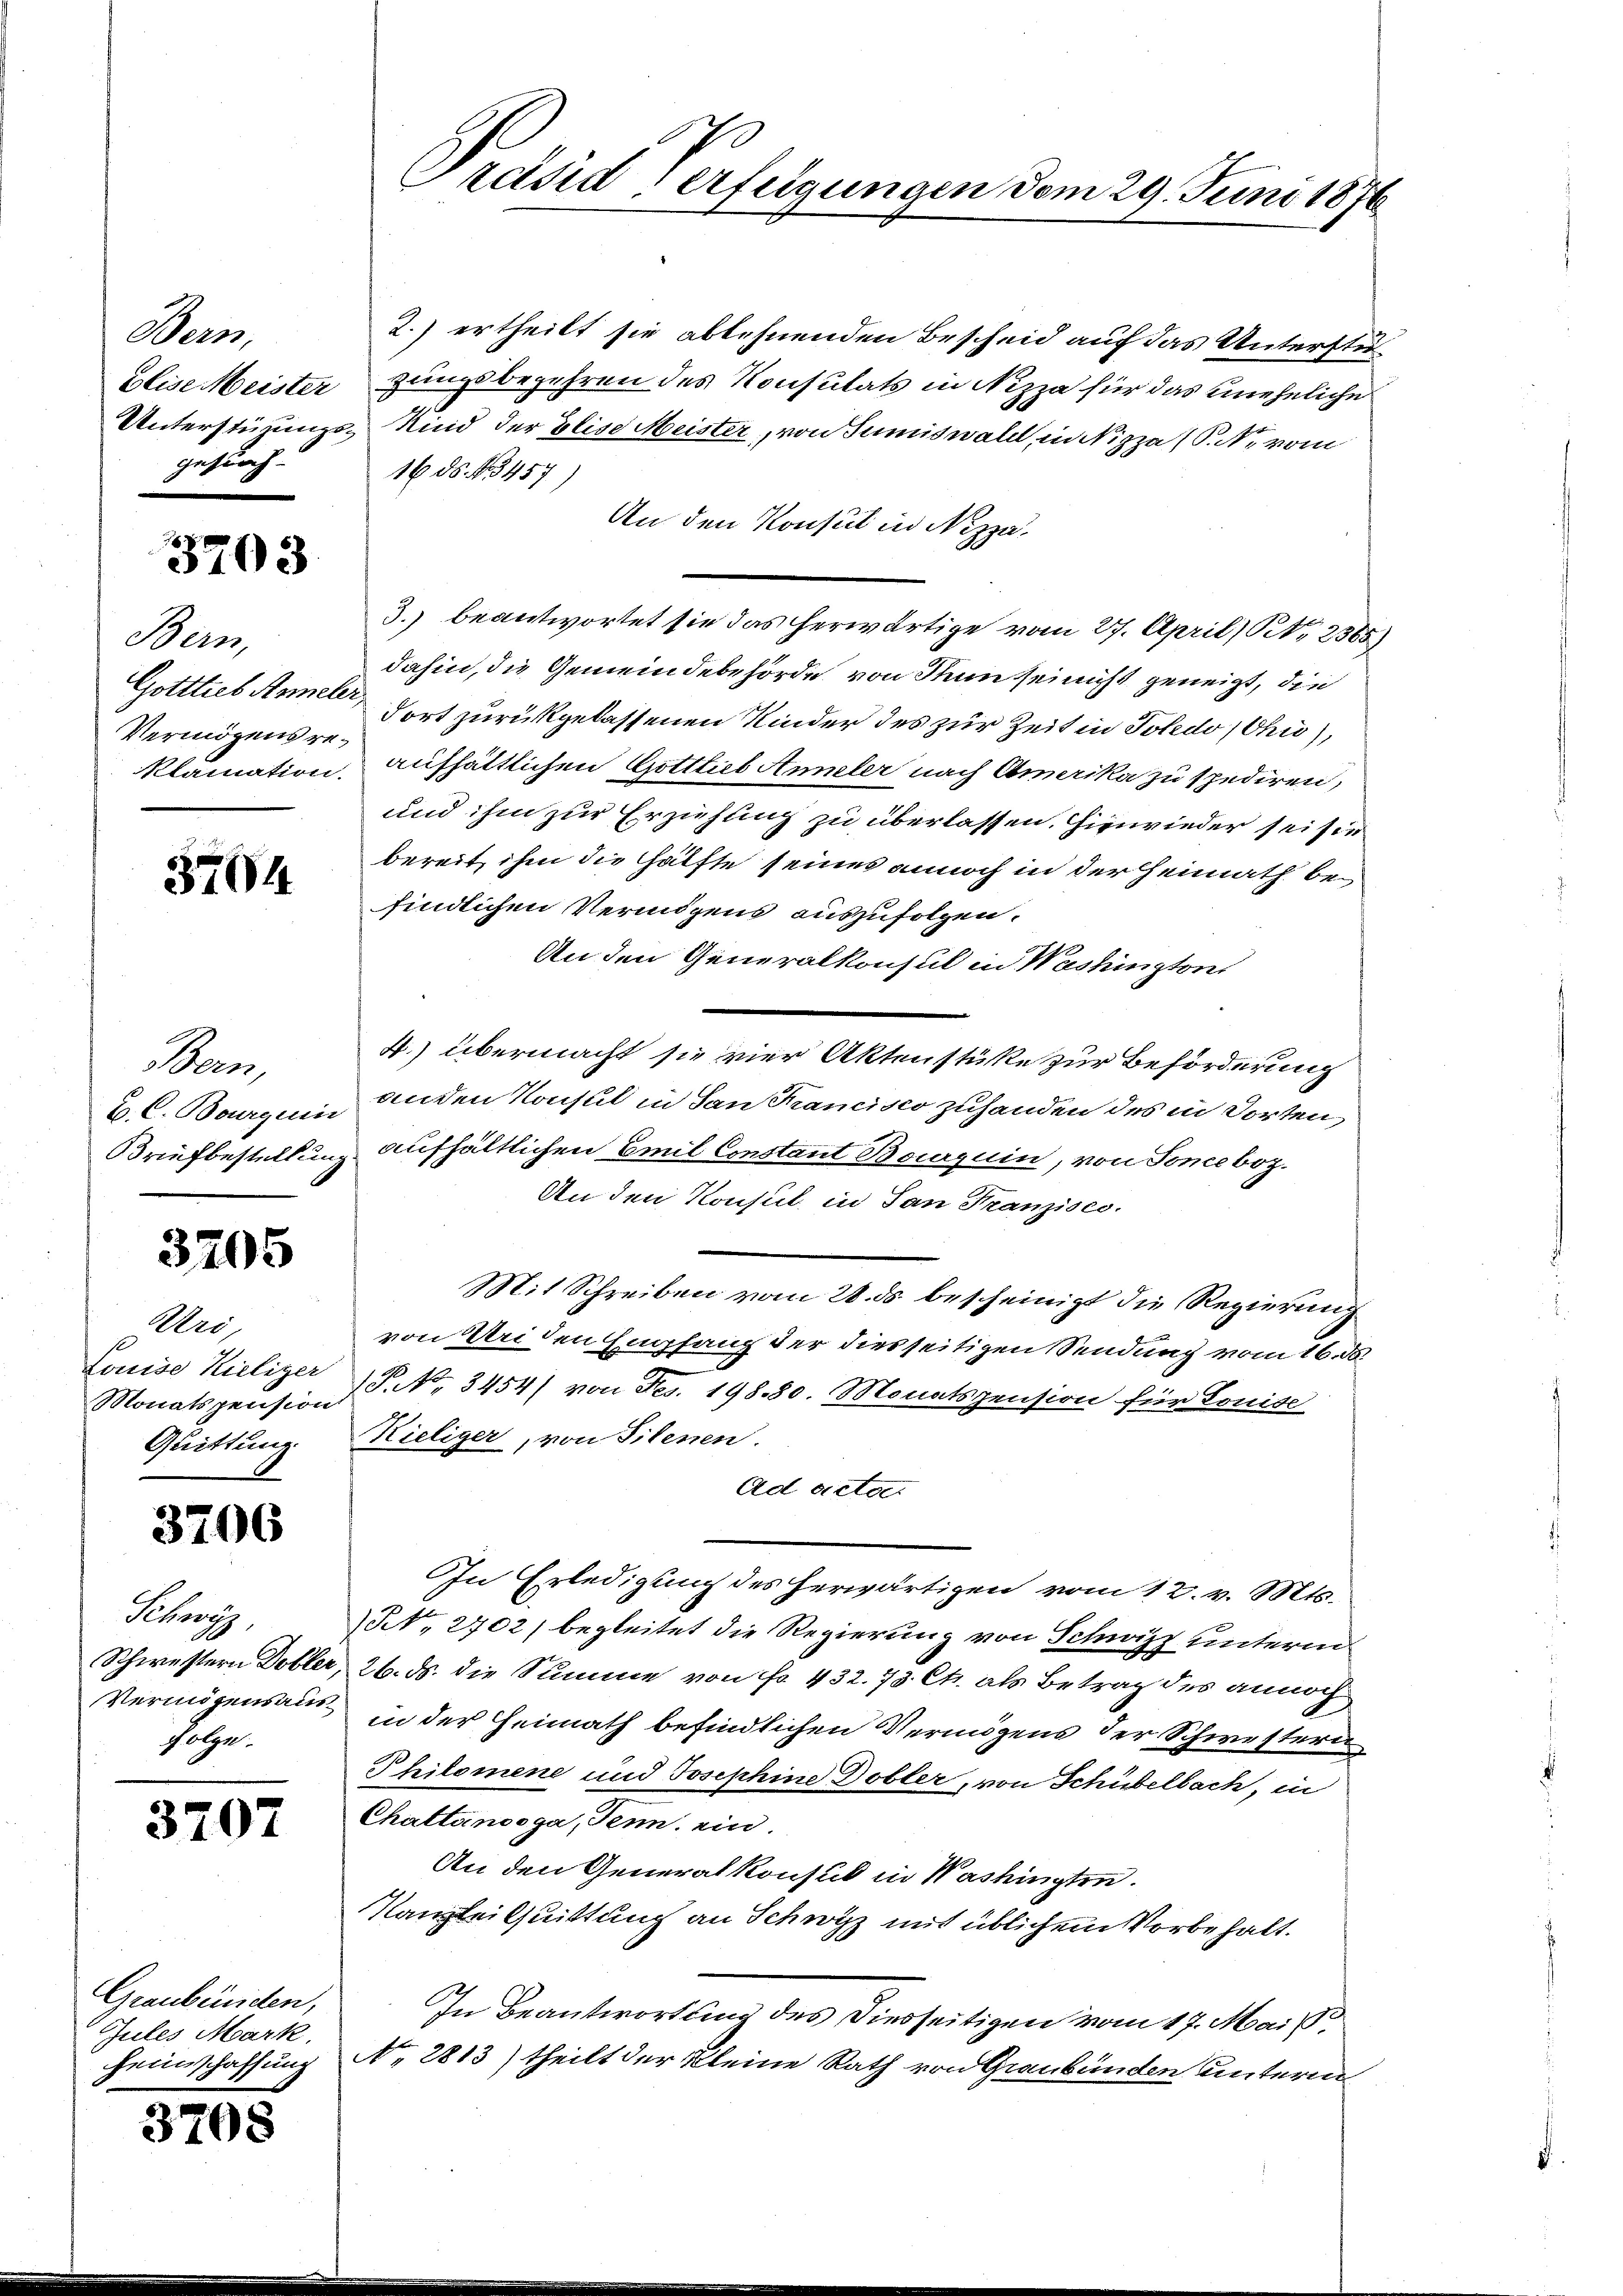
Bern,
Elise Meister
gesuch

3703

Bern,
Gottlieb Anmeler,
Vermögens re¬

3704

Bern,
B. C. Bourquis
Briefbestellung

3205

Uri,
Louise Kieliger
Monatspension
Quittung.

3706

Schwer
Schwestern Dobler,
Vermögensaus¬
Folge.

3707

Graubünden,
Gules Mark.
Heimschaffung

3708

Prdsid Verfeigungen dem 29. Juni 1876

2.) ertheilt sie ablehnenden Bescheid auf das Unterstügungsbegehren des Konsulats in Nizza für das uneheliche
Unterstüzungs- Kind der Elise Meister, von Sumiswald, in Nizza (P. Nr. vom
16 ds. f. 3457)
An den Konsul in Nizza¬
3.) beantwortet sie das herwärtige vom 27. April) No 2365
dahin, die Gemeindebehörde von Nun sei nicht geneigt, die
dort zurückgelassenen Kinder des zur Zeit in Foledo (Chis),
klamation, aufhältlichen Gottlieb Anneler nach Amerika zu spediren,
und ihm zur Erziehung zu überlassen. Hinwieder sei sie
bereit, ihm die Hälfte seines annoch in der Heimath befindlichen Vermögens auszufolgen.
An den Generalkonsul in Washingtons
4.) übermacht sie vier Aktenstüke zur Beförderung
anden Konsul in San Krancisco zuhanden des in dorten,
aufhältlichen Emil Constant Boguin, von Sonceboz.
An den Konsul in San Franzises.
Mit Schreiben vom 28. ds. bescheinigt die Regierung
von Bei den Empfang der diesseitigen Sendung vom 16. ds.
P. No. 3454/ von Fes. 19880. Monatspension für Louise
Kieliger, von Filenen.
Ad acta.
In Erledigung des herwärtigen vom 12. v. Mts.
N., 2702) begleitet die Regierung von Schwizz unterm
26. ds. die Summe von fr. 432. 73 Ct. als Betrag des annoch
in der Heimath befindlichen Vermögens der Schwesteri
Philomene und Josephine Dobler, von Schübelbach, in
Chattanosga, Tenn ein.
An den Generalkonsul in Washingten.
Kanzlei Quittung an Schwyz mit üblichem Vorbehalt.
In Beantwortung des Diesseitigen vom 17. Mais,
No. 2813) theilt der kleine Rath von Graubünden unterm